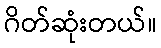
ဂိတ်ဆုံးတယ်။